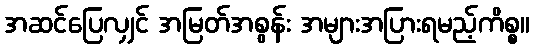
အဆင်ပြေလျှင် အမြတ်အစွန်း အများအပြားရမည့်ကိစ္စ။